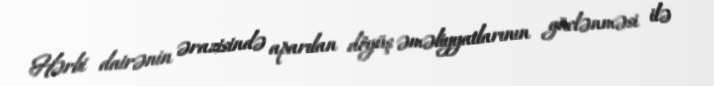
Hərbi dairənin ərazisində aparılan döyüş əməliyyatlarının güclənməsi ilə